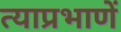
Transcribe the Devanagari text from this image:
त्याप्रभाणें